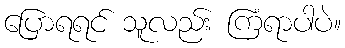
ပြောရရင် သူလည်း ကြံရာပါပဲ။